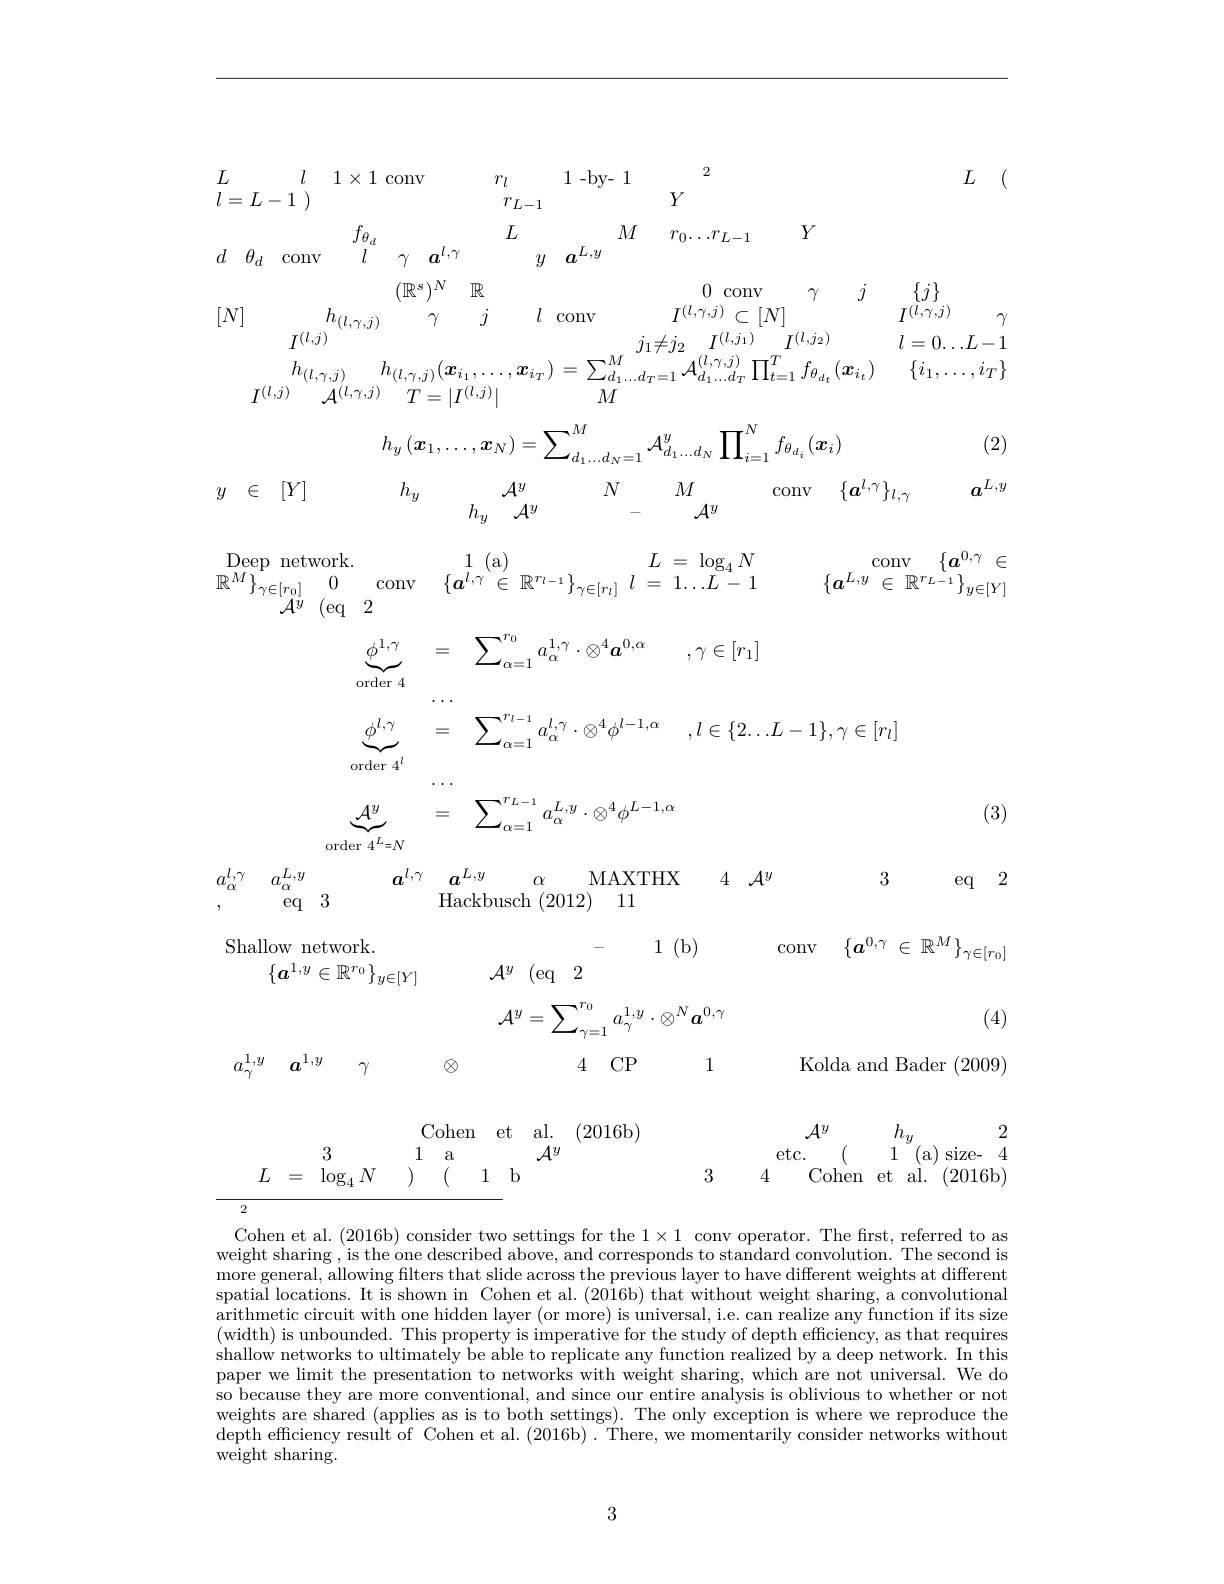
$$\begin{aligned}&\begin{array}{ccccccccccccccccccccccccccccccccccccccccccccccccccccccccccccccccccccccccccccccccccccccccccccc$$
(2)
$$\begin{array}{ccccccccccccccccccccccccccccccccccccccccccccccccccccccccccccccccccccccccccccccccccccccccccccccc}\end{array}$$
$$h_y\left(\boldsymbol{x}_1,\ldots,\boldsymbol{x}_N\right)=\sum_{d_1\ldots d_N=1}^M\mathcal{A}_{d_1\ldots d_N}^y\prod_{i=1}^Nf_{\theta_{d_i}}(\boldsymbol{x}_i)$$
$$\begin{array}{ccccccccccccccccccccccccccccccccccccccccccccccccccccccccccccccccccccccccccccccccccccccccccccccc}\end{array}$$
$$\begin{aligned}&\underbrace{\phi^{1,\gamma}}_{\mathrm{order~4}}&&=\quad\sum_{\alpha=1}^{r_{0}}a_{\alpha}^{1,\gamma}\cdot\otimes^{4}\boldsymbol{a}^{0,\alpha}&&,\gamma\in[r_{1}]\\&\underbrace{\phi^{l,\gamma}}_{\mathrm{order~4}^{l}}&&=\quad\sum_{\alpha=1}^{r_{l-1}}a_{\alpha}^{l,\gamma}\cdot\otimes^{4}\phi^{l-1,\alpha}&&,l\in\{2\ldots L-1\},\gamma\in[r_{l}]\\&\underbrace{\mathcal{A}^{y}}_{\mathrm{order~4}^{L}=N}&&=\quad\sum_{\alpha=1}^{r_{L-1}}a_{\alpha}^{L,y}\cdot\otimes^{4}\phi^{L-1,\alpha}\end{aligned}$$
(3)
$a^{l, \gamma }$ $a^{L, y}$
$\alpha$ MAXTHX 4 $\mathcal{A} ^y$ 3 eq 2
$a_{\alpha }^{l, \gamma }$ $a_{\alpha }^{L, y}text{}$ eq 3
Hackbusch (2012) 11
- 1(b) conv $\{ a^0, \gamma \in \mathbb{R} ^M\} _{\gamma \in [ r_0] }$
Shallow network.
$\{\boldsymbol{a}^{1,y}\in\mathbb{R}^{r_0}\}_{y\in[Y]}$
$\mathcal{A} ^y$ (eq 2
(4)
$$\mathcal{A}^y=\sum_{\gamma=1}^{r_0}a_\gamma^{1,y}\cdot\otimes^N\boldsymbol{a}^{0,\gamma}$$
$a_{\gamma }^{1, y}$ $\boldsymbol{a}^{1, y}$ $\gamma$ $\otimes$ 4 CP 1 Kolda and Bader(2009)
$\begin{array}{cccc}{\mathrm{Cohen}}&{\mathrm{et}}&{\mathrm{al.}}&{(2016\mathrm{b})}\\{\mathrm{1}}&{\mathrm{a}}&{{\mathcal A}^{y}}\end{array}$
$\begin{array}{cccc}{{\mathcal{A}^{y}}}&{{\mathcal{A}^{y}}}&{{h_{y}}}&{{2}}\\{{3}}&{{4}}\end{array}$etc.$\begin{array}{cccc}{{\mathrm{Cohen~et~al.~(2016b)}}}&{{\mathrm{Cohen~et~al.~(2016b)}}}\\\end{array}$
3
$L$ = $\log _4N$
Cohen et al. (2016b) consider two settings for the $1\times1$ conv operator. The first, referred to as weight sharing , is the'one described above, and corresponds to standard convolution. The second is more general, allowing filters that slide across the previous layer to have different weights at different

spatial locations. It is shown in Cohen et al. (2016b) that without weight sharing, a convolutional arithmetic circuit with one hidden layer (or more) is universal, i.e. can realize any function if its size (width) is unbounded. This property is imperative for the study of depth efficiency, as that requires shallow networks to ultimately be able to replicate any function realized by a deep network. In this paper we limit the presentation to networks with weight sharing, which are not universal. We do so because they are more conventional, and since our entire analysis is oblivious to whether or not weights are shared (applies as is to both settings). The only exception is where we reproduce the depth efficiency result of Cohen et al. (2016b) . There, we momentarily consider networks without weight sharing.

3